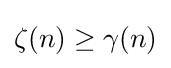
\zeta (n)\geq \gamma (n)